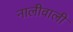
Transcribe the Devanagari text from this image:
नालीवाली